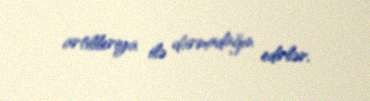
artilleriya ilə darmadağın edirlər.